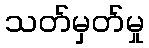
သတ်မှတ်မှု